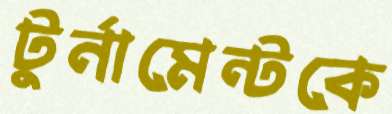
টুর্নামেন্টকে